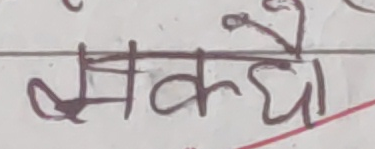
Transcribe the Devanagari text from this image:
मकधो